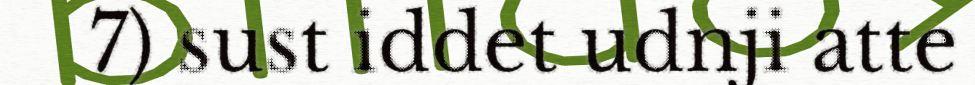
7) sust iddet udnji atte